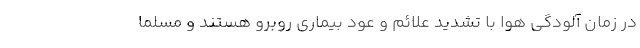
در زمان آلودگی هوا با تشدید علائم و عود بیماری روبرو هستند و مسلما